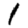
Digit: 1